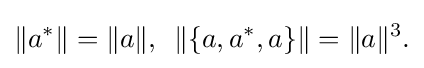
\displaystyle {\|a^{*}\|=\|a\|,\,\,\,\|\{a,a^{*},a\}\|=\|a\|^{3}.}